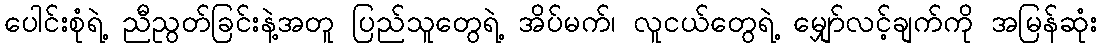
ပေါင်းစုံရဲ့ ညီညွတ်ခြင်းနဲ့အတူ ပြည်သူတွေရဲ့ အိပ်မက်၊ လူငယ်တွေရဲ့ မျှော်လင့်ချက်ကို အမြန်ဆုံး